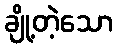
ချို့တဲ့သော